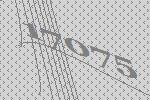
17075